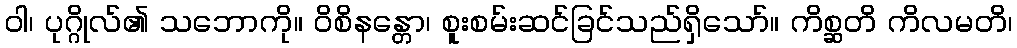
ဝါ၊ ပုဂ္ဂိုလ်၏ သဘောကို။ ဝိစိနန္တော၊ စူးစမ်းဆင်ခြင်သည်ရှိသော်။ ကိစ္ဆတိ ကိလမတိ၊